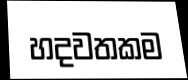
හදවතකම